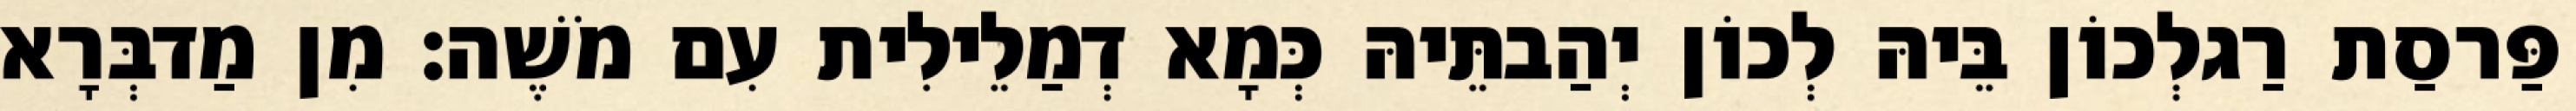
פַּרסַת רַגלְכוֹן בֵּיהּ לְכוֹן יְהַבתֵּיהּ כְּמָא דְמַלֵילִית עִם מֹשֶׁה׃ מִן מַדבְּרָא